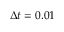
\Delta t = 0 . 0 1